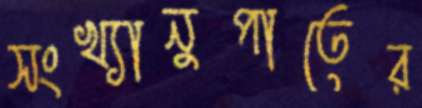
সংখ্যানুপাতের